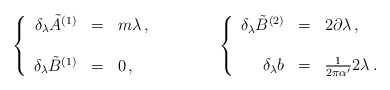
\begin{align*}\left\{\begin{array}{rcl}\delta_\lambda {\tilde A}^{(1)} & = &m\lambda\, ,\\& & \\\delta_\lambda {\tilde B}^{(1)} & =& 0\, ,\\\end{array}\right.\hspace{1.5cm}\left\{\begin{array}{rcl}\delta_\lambda {\tilde B}^{(2)} & = & 2\partial\lambda\, ,\\& & \\\delta_\lambda b & = & \frac{1}{2\pi\alpha^\prime}2\lambda\, .\\\end{array}\right.\end{align*}